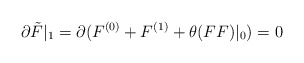
\begin{align*}\partial\tilde{F}|_1=\partial(F^{(0)}+F^{(1)}+\theta(FF)|_0)=0\end{align*}